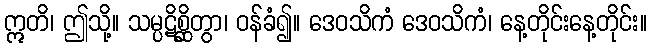
ဣတိ၊ ဤသို့။ သမ္ပဋိစ္ဆိတွာ၊ ဝန်ခံ၍။ ဒေဝသိကံ ဒေဝသိကံ၊ နေ့တိုင်းနေ့တိုင်း။